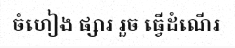
ចំហៀង ផ្សារ រួច ធ្វើដំណើរ